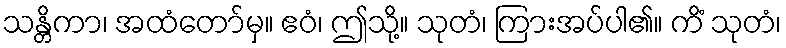
သန္တိကာ၊ အထံတော်မှ။ ဧဝံ၊ ဤသို့။ သုတံ၊ ကြားအပ်ပါ၏။ ကိံ သုတံ၊